Document type: Oath
Year: 1447
Scribe: Pere Figuerola
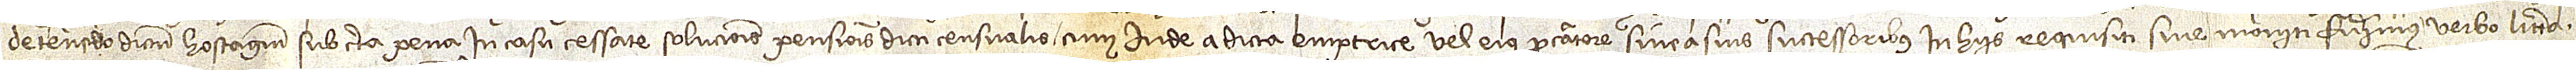
detenendo dictum hostagium sub certa pena in casu cessate solucionis pensionis dicti censualis, cum inde a dicta emptrice vel eius procuratore sive a suis successoribus in hiis requisiti sive moniti fuerimus verbo, littera,